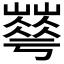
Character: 𡾀